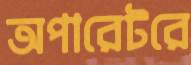
অপারেটরে